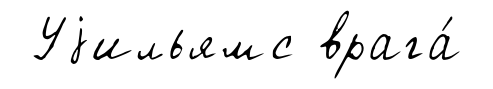
Уjильямс врага́